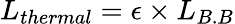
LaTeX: L_{thermal}=\epsilon\times L_{B.B}